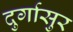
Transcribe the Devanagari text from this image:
दुर्गासुर